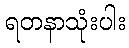
ရတနာသုံးပါး